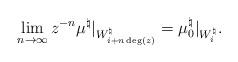
LaTeX: \begin{align*}\lim_{n \to \infty} z^{-n} \mu^\natural|_{W^\natural_{i + n \deg(z)}} = \mu_0^\natural|_{W^\natural_i}.\end{align*}